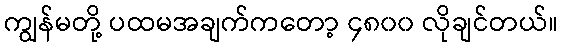
ကျွန်မတို့ ပထမအချက်ကတော့ ၄၈၀၀ လိုချင်တယ်။